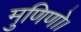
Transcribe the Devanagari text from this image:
मुणिणो।